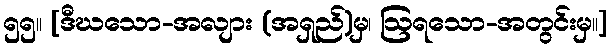
၅၅။ [ဒီဃသော-အလျား (အရှည်)မှ၊ ဩရသော-အတွင်းမှ။]